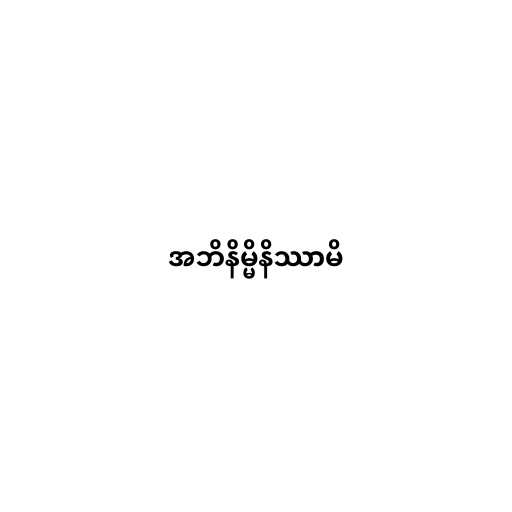
အဘိနိမ္မိနိဿာမိ